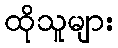
ထိုသူများ